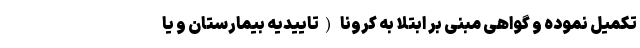
تکمیل نموده و گواهی مبنی بر ابتلا به کرونا (تاییدیه بیمارستان و یا